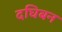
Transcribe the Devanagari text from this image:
दघिबन